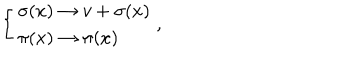
LaTeX: \left\{ \begin{array} { l l } { { \sigma ( x ) \rightarrow v + \sigma ( x ) } } \\ { { \pi ( x ) \rightarrow \pi ( x ) } } \\ \end{array} \right. ,